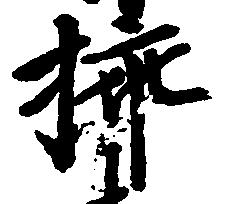
挿